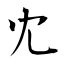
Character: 冘